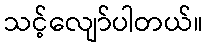
သင့်လျော်ပါတယ်။